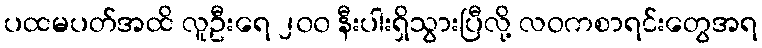
ပထမပတ်အထိ လူဦးရေ ၂၀၀ နီးပါးရှိသွားပြီလို့ လဝကစာရင်းတွေအရ